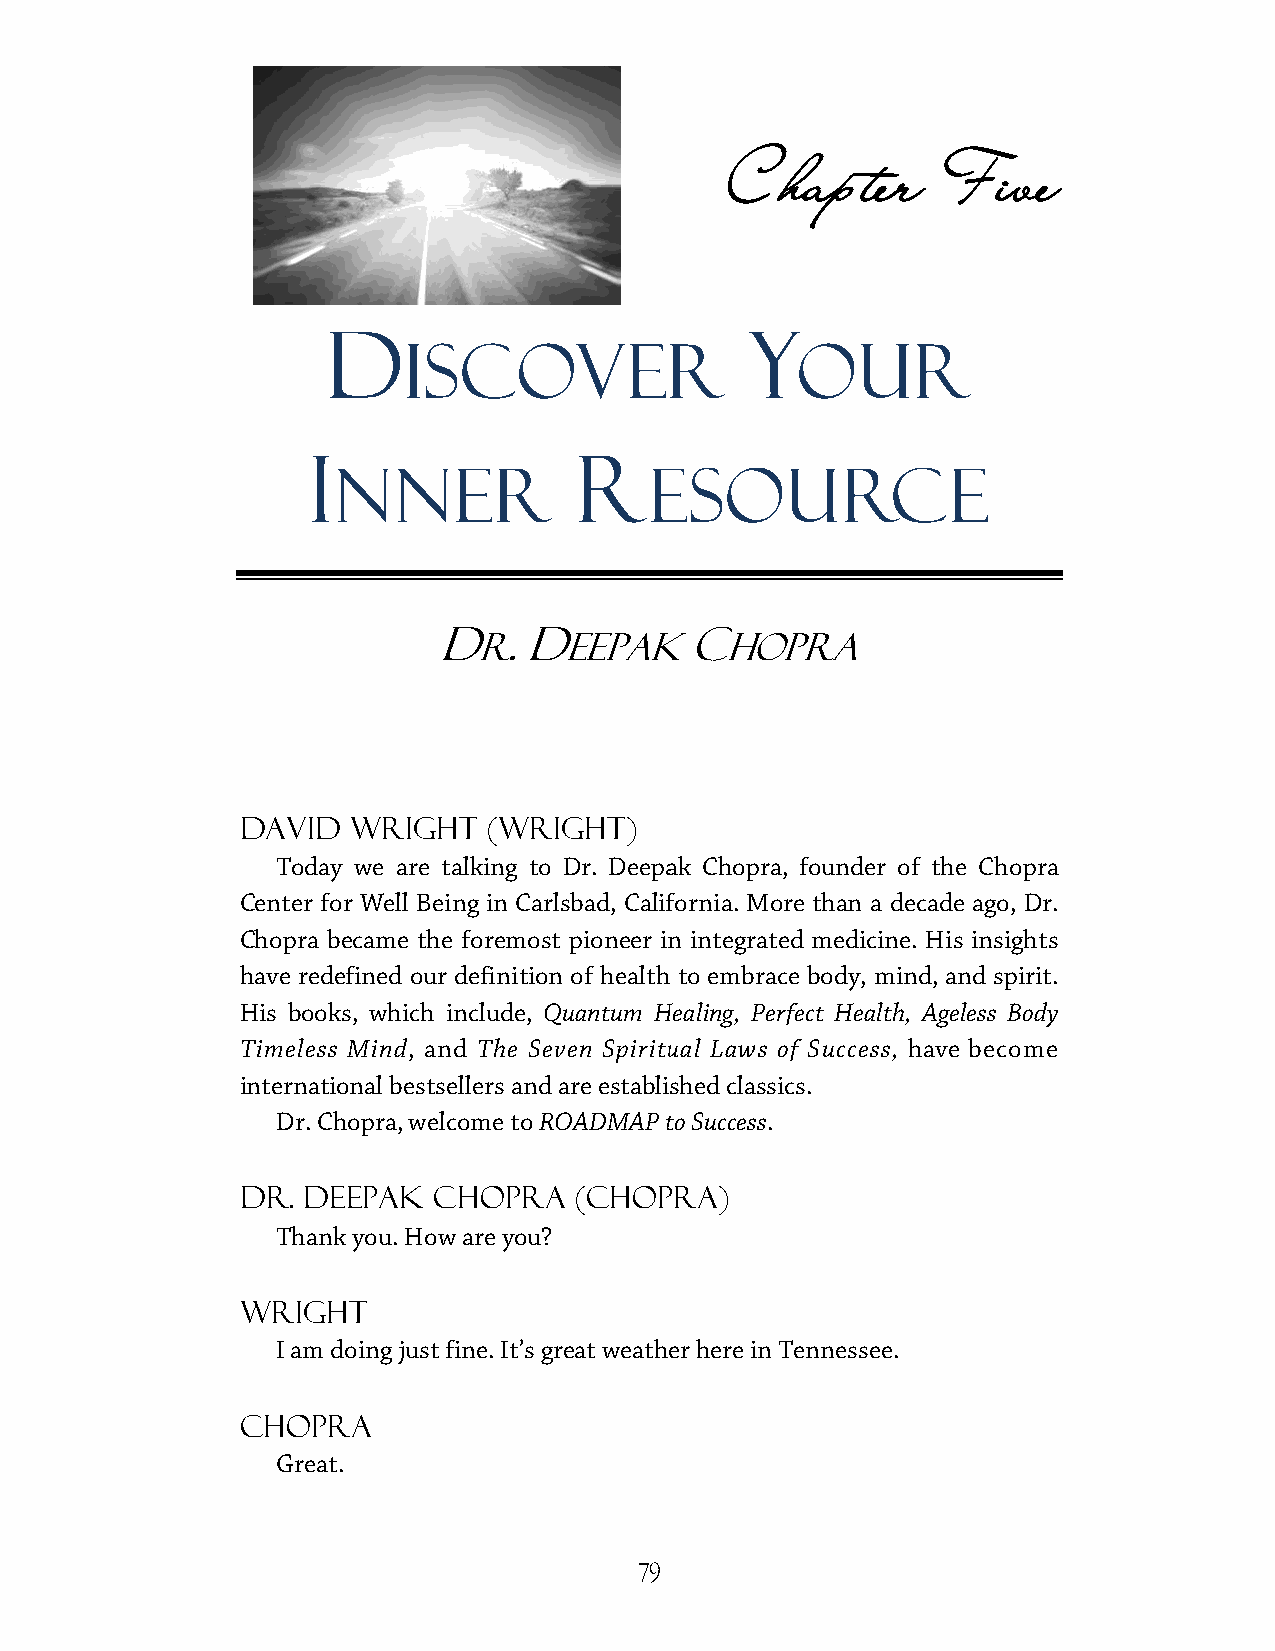
Chapter       Five
 D                           Y
 IISSCCOOVVEERR            OUR
 I                 R
 NNER                 EESSOOUURRCCEE
 D    . D         C
 R    EEEEPPAAKK HOPRA
 David  Wright   (Wright)
 Today we are talkinngg ttoo DDrr.. DDeeeeppaakk CChhoopprraa,, ffoouunnddeerr ooff tthhee CChhoopprraa
 CCeenntteerr ffoorr WWeellll BBeeiinngg iinn CCaarrllssbbaadd,, CCaalliiffoorrnniiaa.. MMoorree tthhaann aa ddeeccaaddee aaggoo,, DDrr..
 CChhoopprraa bbeeccaammee tthhee ffoorreemmoosstt ppiioonneeeerr iinn iinntteeggrraatteedd mmeeddiicciinnee.. HHiiss iinnssiigghhttss
 hhaavvee rreeddeeffiinneedd oouurr ddeeffiinniittiioonn ooff hheeaalltthh ttoo eemmbbrraaccee bbooddyy,, mmiinndd, and spirit.
 His books, which include, QQuuaannttuumm HHeeaalliinngg,, PPeerrffeecctt HHeeaalltthh,, AAggeelleessss BBooddyy
 Timeless Mind, and TThhee SSeevveenn SSppiirriittuuaall LLaawwss ooff SSuucccceessss,, have become
 iinntteerrnnaattiioonnaall bbeessttsseelllleerrss aanndd aarree eessttaabblliisshheedd ccllaassssiiccss..
 Dr. Chopra, welcome to RROOAADDMMAAPP ttoo SSuucccceessss.
 Dr.. DDeeeeppaakk CChhoopprraa ((CChhoopprraa))
 Thank you. How are you?
 Wright
 I am doing just fine. It’ss ggrreeaatt wweeaatthheerr hheerree iinn TTeennnneesssseeee..
 Chopra
 Great.
 79